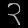
Digit: ၃